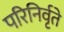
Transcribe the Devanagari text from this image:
परिनिर्वृते